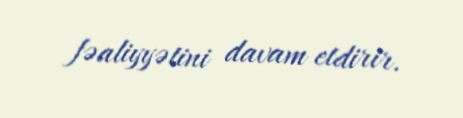
fəaliyyətini davam etdirir.